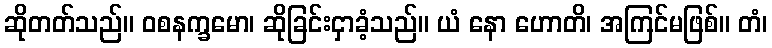
ဆိုတတ်သည်။ ဝစနက္ခမော၊ ဆိုခြင်းငှာခံ့သည်။ ယံ နော ဟောတိ၊ အကြင်မဖြစ်။ တံ၊